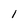
Character: l